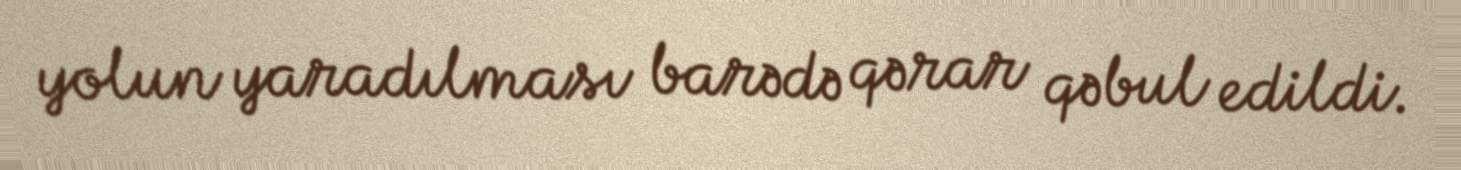
yolun yaradılması barədə qərar qəbul edildi.